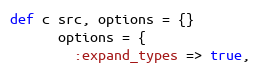
Language: Ruby
def c src, options = {}
      options = {
        :expand_types => true,